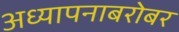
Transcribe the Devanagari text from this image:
अध्यापनाबरोबर